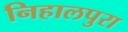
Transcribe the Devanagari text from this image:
निहालपुरा